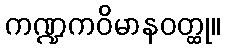
ကဏ္ဍကဝိမာနဝတ္ထု။